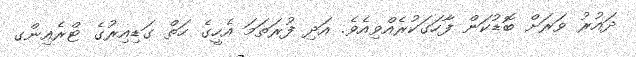
ދައުރު ވަަރަށް ބޮޑުކަން ފާހަގަކުރެއްވިއެވެ. އަދި ފުރަތަމަ އެހީގެ ހަތް ގަޑިއިރުގެ ޓްރެއިންގ